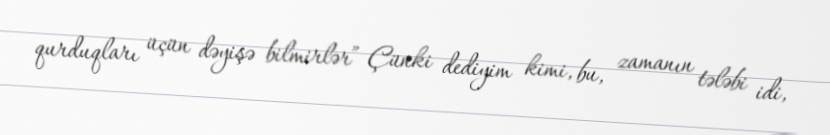
qurduqları üçün dəyişə bilmirlər” Çünki dediyim kimi, bu, zamanın tələbi idi,